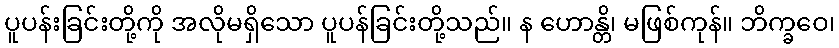
ပူပန်းခြင်းတို့ကို အလိုမရှိသော ပူပန်ခြင်းတို့သည်။ န ဟောန္တိ၊ မဖြစ်ကုန်။ ဘိက္ခဝေ၊